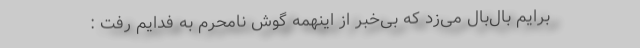
برایم بال‌بال می‌زد که بی‌خبر از اینهمه گوش نامحرم به فدایم رفت :